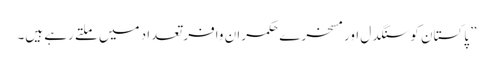
” پاکستان کو سنگدل اور مسخرے حکمران وافر تعداد میں ملتے رہے ہیں۔